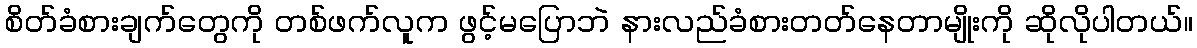
စိတ်ခံစားချက်တွေကို တစ်ဖက်လူက ဖွင့်မပြောဘဲ နားလည်ခံစားတတ်နေတာမျိုးကို ဆိုလိုပါတယ်။